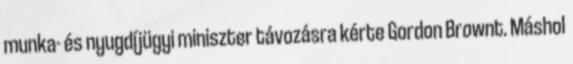
munka- és nyugdíjügyi miniszter távozásra kérte Gordon Brownt. Máshol